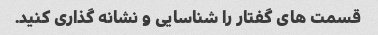
قسمت های گفتار را شناسایی و نشانه گذاری کنید.